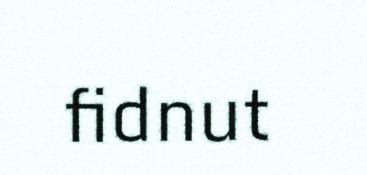
fidnut